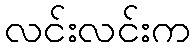
လင်းလင်းက